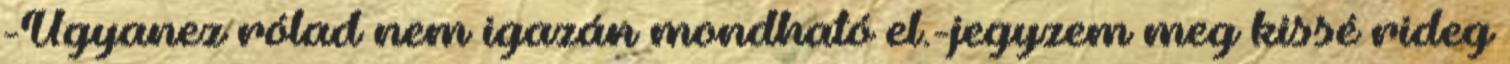
-Ugyanez rólad nem igazán mondható el.-jegyzem meg kissé rideg